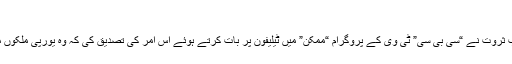
”
رپورٹ کے مطابق دو ارب نوے کروڑ ڈالرز کے مالک مصری صاحب ثروت نے “سی بی سی” ٹی وی کے پروگرام “ممکن” میں ٹیلیفون پر بات کرتے ہوئے اس امر کی تصدیق کی کہ وہ یورپی ملکوں میں شامی پناہ گزینوں کےلیے ایک جزیرہ خریدنے کا ارادہ رکھتے ہیں۔